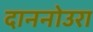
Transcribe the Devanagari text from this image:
दाननोउरा